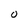
Character: O